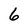
Character: 6